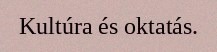
Kultúra és oktatás.